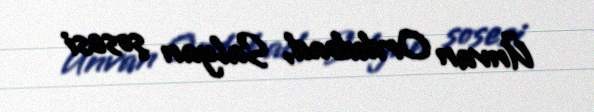
Ünvan Ordubad, Salyan şosesi